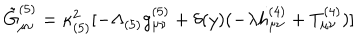
\tilde { G } _ { \mu \nu } ^ { ( 5 ) } = \kappa _ { ( 5 ) } ^ { 2 } [ - \Lambda _ { ( 5 ) } g _ { \mu \nu } ^ { ( 5 ) } + \delta ( y ) ( - \lambda h _ { \mu \nu } ^ { ( 4 ) } + T _ { \mu \nu } ^ { ( 4 ) } ) ]